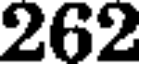
262